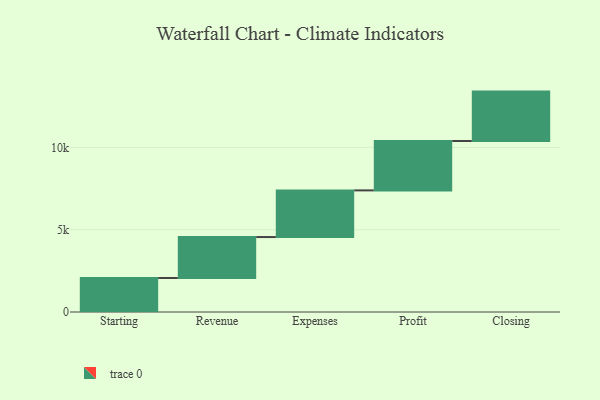
{"axis": {"x": "Step", "y": "Value"}, "legend": [""], "data": [{"x": "Starting", "y": 2066.0, "type": ""}, {"x": "Revenue", "y": 2487.0, "type": ""}, {"x": "Expenses", "y": 2834.0, "type": ""}, {"x": "Profit", "y": 3000, "type": ""}, {"x": "Closing", "y": 3000, "type": ""}]}